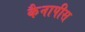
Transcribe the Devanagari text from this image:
कैनापीस